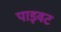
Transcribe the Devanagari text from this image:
पाइवट